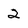
Character: 2